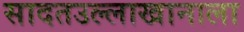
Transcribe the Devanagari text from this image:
सादतउल्लाखानाला